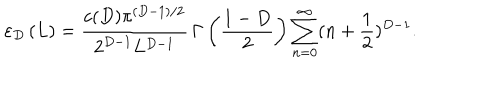
LaTeX: \varepsilon _ { D } \left( L \right) = \frac { c ( D ) \pi ^ { ( D - 1 ) / 2 } } { 2 ^ { D - 1 } L ^ { D - 1 } } \, \Gamma \left( \frac { 1 - D } { 2 } \right) \sum _ { n = 0 } ^ { \infty } ( n + \frac 1 { 2 } ) ^ { D - 1 } .